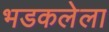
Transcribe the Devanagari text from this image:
भडकलेला